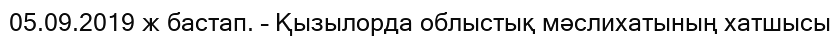
05.09.2019 ж бастап. – Қызылорда облыстық мәслихатының хатшысы